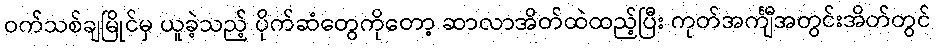
ဝက်သစ်ချမြိုင်မှ ယူခဲ့သည့် ပိုက်ဆံတွေကိုတော့ ဆာလာအိတ်ထဲထည့်ပြီး ကုတ်အင်္ကျီအတွင်းအိတ်တွင်